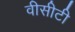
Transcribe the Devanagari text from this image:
वीसीटी